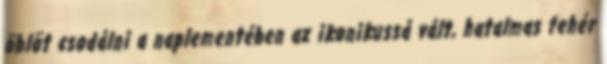
öblöt csodálni a naplementében az ikonikussá vált, hatalmas fehér